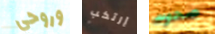
وروحي إرتكب صحوت